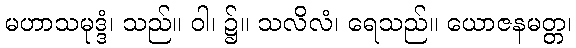
မဟာသမုဒ္ဒံ၊ သည်။ ဝါ၊ ၌။ သလိလံ၊ ရေသည်။ ယောဇနမတ္တ၊